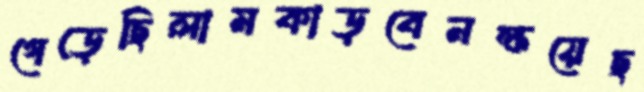
গেড়েছিলামকাড়বেনক্ষয়েছ